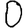
Digit: 0